Scottish Leaving Certificate Examination, 1956
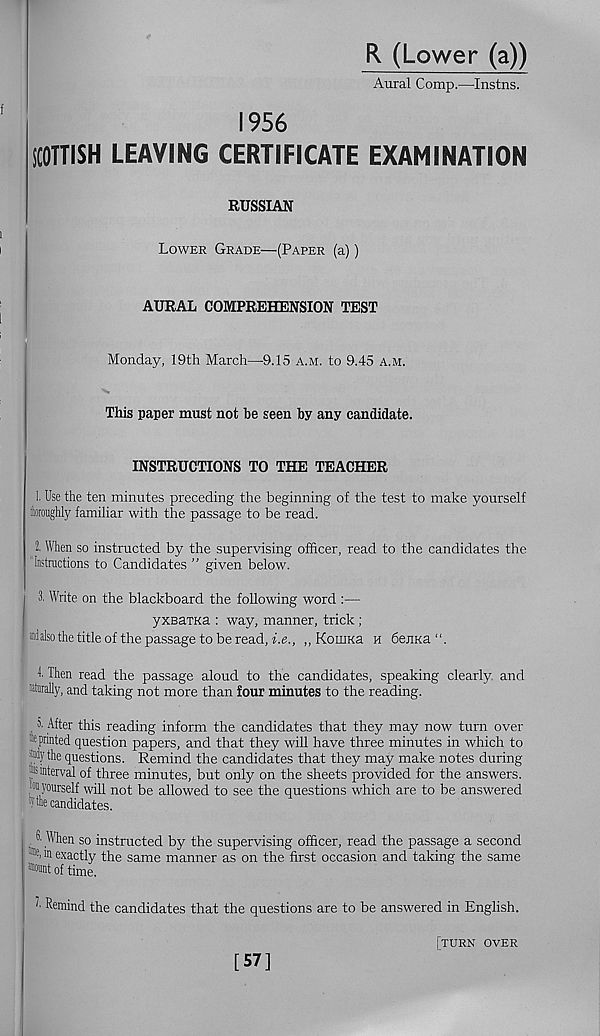
R (Lower (a))
Aural Comp.—Instns.
1956
SCOTTISH LEAVING CERTIFICATE EXAMINATION
RUSSIAN
Lower Grade—(Paper (a))
AURAL COMPREHENSION TEST
Monday, 19th March—9.15 a.m. to 9.45 a.m.
This paper must not be seen by any candidate.
INSTRUCTIONS TO THE TEACHER
1. Use the ten minutes preceding the beginning of the test to make yourself
toroughly familiar with the passage to be read.
2. When so instructed by the supervising officer, read to the candidates the
Instructions to Candidates ” given below.
3. Write on the blackboard the following word :—
yxBaxKa : way, manner, trick;
alalso the title of the passage to be read, Le., ,, KomKa h 6ejiKa“.
f Then read the passage aloud to the candidates, speaking clearly and
literally, and taking not more than four minutes to the reading.
. ; >■ After this reading inform the candidates that they may now turn over
kprinted question papers, and that they will have three minutes in which to
"dy the questions. Remind the candidates that they may make notes during
interval of three minutes, but only on the sheets provided for the answers.
:(| ti yourself will not be allowed to see the questions which are to be answered
candidates.
. When so instructed by the supervising officer, read the passage a second
1 exactly the same manner as on the first occasion and taking the same
""Mint of time.
e Remind the candidates that the questions are to be answered in English.
[turn over
[57]